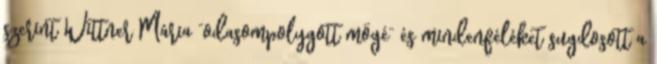
szerint Wittner Mária “odasompolygott mögé” és mindenféléket sugdosott a